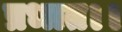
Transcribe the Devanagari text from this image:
प्रभात।।